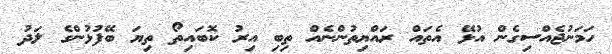
ހަމަނުޖެއްސިގެން އުޅޭ އެތައް ރައްޔިތުންނެއް ތިބި އިރު ކޮބައިތޯ ތިޔަ ބޭފުޅުންގެ ލަދު